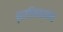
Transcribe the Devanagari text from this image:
प्राधिकार्यांना